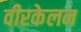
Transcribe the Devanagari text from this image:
वीरकेलन